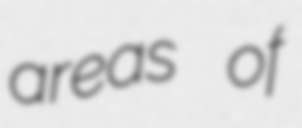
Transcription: areas of